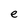
Character: e